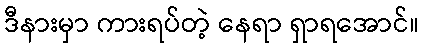
ဒီနားမှာ ကားရပ်တဲ့ နေရာ ရှာရအောင်။